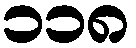
၁၁၈